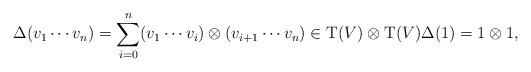
LaTeX: \begin{align*} \Delta(v_1\cdots v_n)=\sum_{i=0}^n( v_1 \cdots v_i )\otimes (v_{i+1}\cdots v_n) \in \mathrm{T}(V) \otimes \mathrm{T}(V) \Delta(1) = 1 \otimes 1,\end{align*}